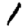
Digit: 1